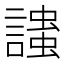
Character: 𲁷